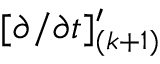
[ \partial / \partial t ] _ { ( k + 1 ) } ^ { \prime }